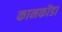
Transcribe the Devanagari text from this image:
कानकोंडा